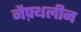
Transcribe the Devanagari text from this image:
नैफ़्थलीन